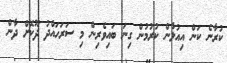
ކުރާނެ ކަން އިއުލާން ކުރުމުން ގިނަ ބައިވެރިން މި ސަރަހައްދު ދޫކޮށް ދާން